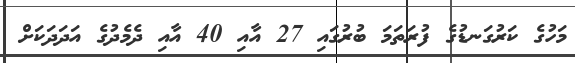
މަހުގެ ކަރުގަނޑުގެ ފުރަތަމަ ބުރުގައި 27 އާއި 40 އާއި ދެމެދުގެ އަދަދަކަށް